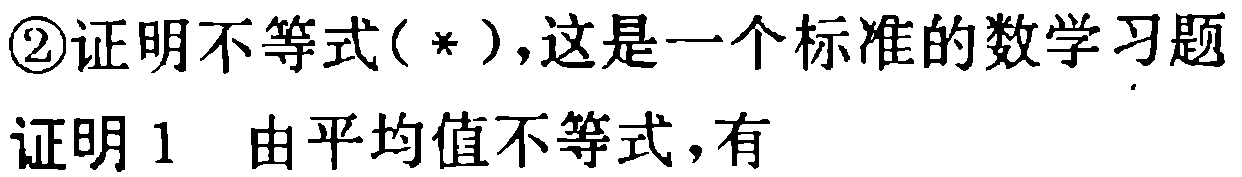
\textcircled{2}证明不等式（*），这是一个标准的数学习题

证明 1  由平均值不等式，有